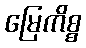
မြေကိစ္စ